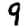
Digit: 9